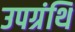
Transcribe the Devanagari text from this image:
उपग्रंथि